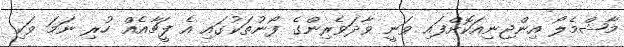
މާޝްމެލޯ އިންޖިނިއަކޮށްފައި ވަނީ ވާދަވެރިންގެ ފޯނުތަކުގައި އެ ފީޗާއެއް ހުރި ނަމަ ވަކި